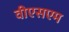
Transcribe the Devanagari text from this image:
वीएसएम